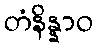
တံနိန္နာဝ